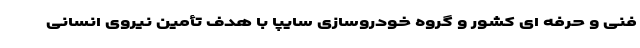
فنی و حرفه ای کشور و گروه خودروسازی سایپا با هدف تأمین نیروی انسانی